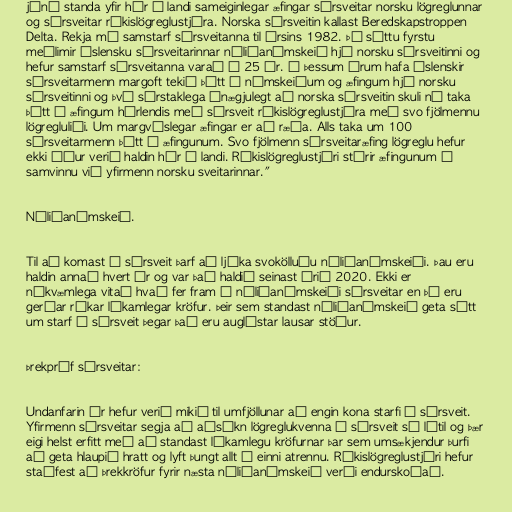
júní standa yfir hér á landi sameiginlegar æfingar sérsveitar norsku lögreglunnar
og sérsveitar ríkislögreglustjóra. Norska sérsveitin kallast Beredskapstroppen
Delta. Rekja má samstarf sérsveitanna til ársins 1982. Þá sóttu fyrstu
meðlimir íslensku sérsveitarinnar nýliðanámskeið hjá norsku sérsveitinni og
hefur samstarf sérsveitanna varað í 25 ár. Á þessum árum hafa íslenskir
sérsveitarmenn margoft tekið þátt í námskeiðum og æfingum hjá norsku
sérsveitinni og því sérstaklega ánægjulegt að norska sérsveitin skuli nú taka
þátt í æfingum hérlendis með sérsveit ríkislögreglustjóra með svo fjölmennu
lögregluliði. Um margvíslegar æfingar er að ræða. Alls taka um 100
sérsveitarmenn þátt í æfingunum. Svo fjölmenn sérsveitaræfing lögreglu hefur
ekki áður verið haldin hér á landi. Ríkislögreglustjóri stýrir æfingunum í
samvinnu við yfirmenn norsku sveitarinnar."

Nýliðanámskeið.

Til að komast í sérsveit þarf að ljúka svokölluðu nýliðanámskeiði. Þau eru
haldin annað hvert ár og var það haldið seinast árið 2020. Ekki er
nákvæmlega vitað hvað fer fram á nýliðanámskeiði sérsveitar en þó eru
gerðar ríkar líkamlegar kröfur. Þeir sem standast nýliðanámskeið geta sótt
um starf í sérsveit þegar það eru auglýstar lausar stöður.

Þrekpróf sérsveitar:

Undanfarin ár hefur verið mikið til umfjöllunar að engin kona starfi í sérsveit.
Yfirmenn sérsveitar segja að aðsókn lögreglukvenna í sérsveit sé lítil og þær
eigi helst erfitt með að standast líkamlegu kröfurnar þar sem umsækjendur þurfi
að geta hlaupið hratt og lyft þungt allt í einni atrennu. Ríkislögreglustjóri hefur
staðfest að þrekkröfur fyrir næsta nýliðanámskeið verði endurskoðað.